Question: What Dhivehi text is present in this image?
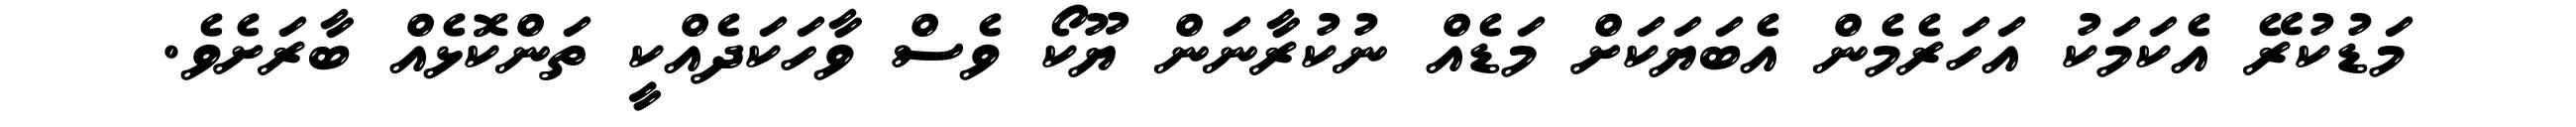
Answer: މަޑުކުރޭ އެކަމަކު އަހަރެމެން އެބަޔަކަށް މަޑެއް ނުކުރާނަން ޔޫކޯ ވެސް ވާހަކަދެއްކީ ތަންކޮޅެއް ބާރަށެވެ.